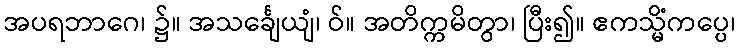
အပရဘာဂေ၊ ၌။ အသင်္ချေယျံ၊ ဝ်။ အတိက္ကမိတွာ၊ ပြီး၍။ ဧကသ္မိံကပ္ပေ၊